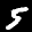
Label: 5